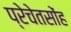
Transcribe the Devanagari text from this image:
प्रेचेतसोंह